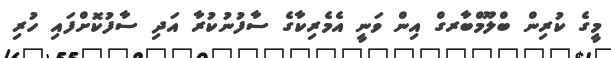
މީގެ ކުރިން ބްލޫމްބާރގް އިން ވަނީ އެމެރިކާގެ ސާފުނުކުރާ އަދި ސާފުކޮށްފައި ހުރި